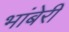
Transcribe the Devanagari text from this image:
भांबेरी